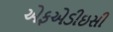
એફએડીઇસી